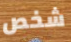
شخص